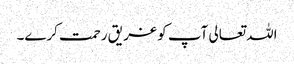
اللہ تعالی آپ کو غر یق رحمت کرے۔